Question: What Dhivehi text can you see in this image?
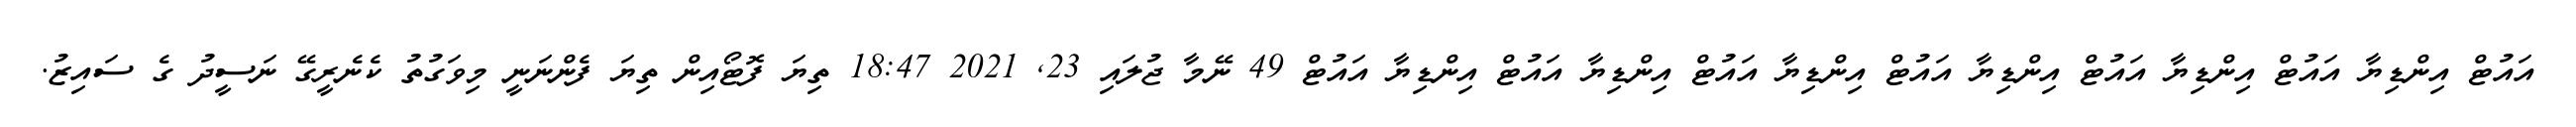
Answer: އައުޓް އިންޑިޔާ އައުޓް އިންޑިޔާ އައުޓް އިންޑިޔާ އައުޓް އިންޑިޔާ އައުޓް އިންޑިޔާ އައުޓް އިންޑިޔާ އައުޓް 49 ނޭމާ ޖުލައި 23, 2021 18:47 ތިޔަ ފޮޓޯއިން ތިޔަ ފެންނަނީ މިވަގުތު ކެނެރީގޭ ނަސީދު ގެ ސައިޒު.